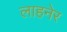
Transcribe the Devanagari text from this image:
लाहनेर